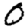
Digit: 0